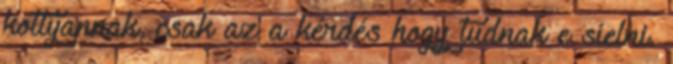
kottyannak, csak az a kérdés hogy tudnak e síelni.